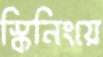
স্কিনিংয়ে